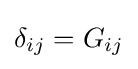
\delta _{ij}=G_{ij}